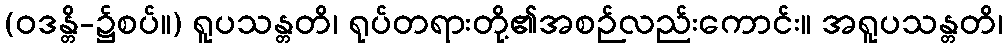
(ဝဒန္တိ-၌စပ်။) ရူပသန္တတိ၊ ရုပ်တရားတို့၏အစဉ်လည်းကောင်း။ အရူပသန္တတိ၊